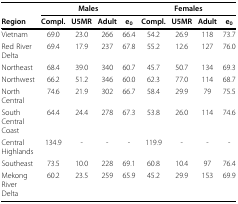
|  | <COLSPAN=4> Males | <COLSPAN=4> Females |
 | Region | Compl. | U5MR | Adult | e0 | Compl. | U5MR | Adult | e0 |
 | --- | --- | --- | --- | --- | --- | --- | --- | --- |
 | Vietnam | 69.0 | 23.0 | 266 | 66.4 | 54.2 | 26.9 | 118 | 73.7 |
 | Red River Delta | 69.4 | 17.9 | 237 | 67.8 | 55.2 | 12.6 | 127 | 76.0 |
 | Northeast | 68.4 | 39.0 | 340 | 60.7 | 45.7 | 50.7 | 134 | 69.3 |
 | Northwest | 66.2 | 51.2 | 346 | 60.0 | 62.3 | 77.0 | 114 | 68.7 |
 | North Central | 74.6 | 21.9 | 302 | 66.7 | 58.4 | 29.9 | 79 | 75.5 |
 | South Central Coast | 64.4 | 24.4 | 278 | 67.3 | 53.8 | 26.0 | 114 | 74.6 |
 | Central Highlands | 134.9 | - | - | - | 119.9 | - | - | - |
 | Southeast | 73.5 | 10.0 | 228 | 69.1 | 60.8 | 10.4 | 97 | 76.4 |
 | Mekong River Delta | 60.2 | 23.5 | 259 | 65.9 | 45.2 | 29.9 | 153 | 69.9 |